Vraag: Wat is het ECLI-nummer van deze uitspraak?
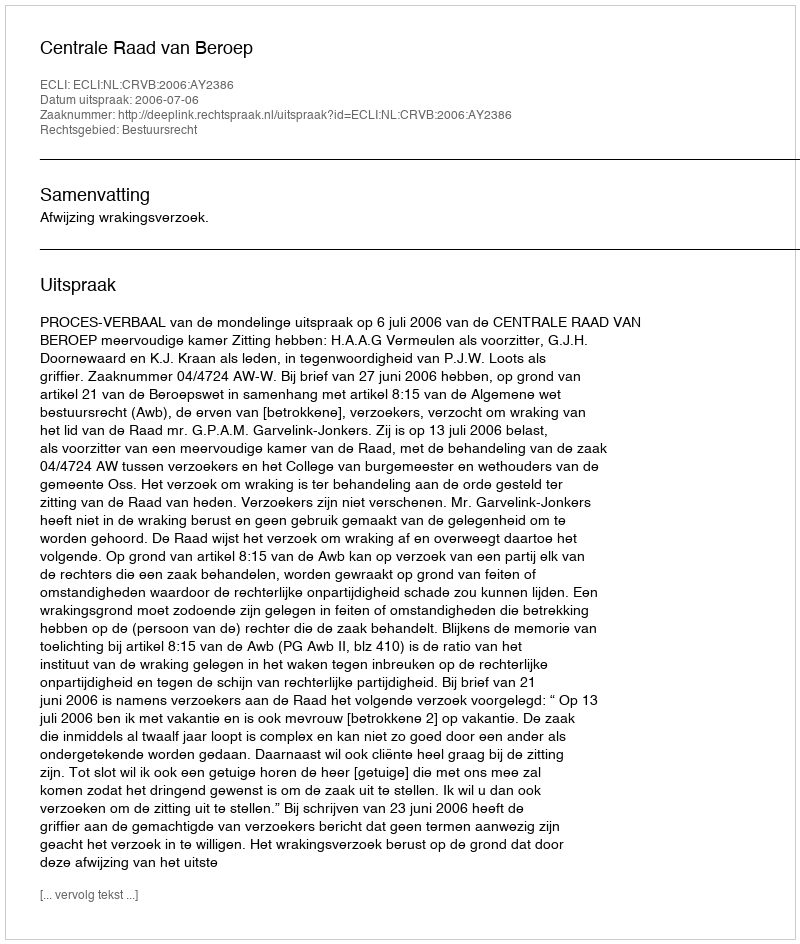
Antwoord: ECLI:NL:CRVB:2006:AY2386